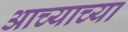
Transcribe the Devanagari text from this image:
आच्याच्या